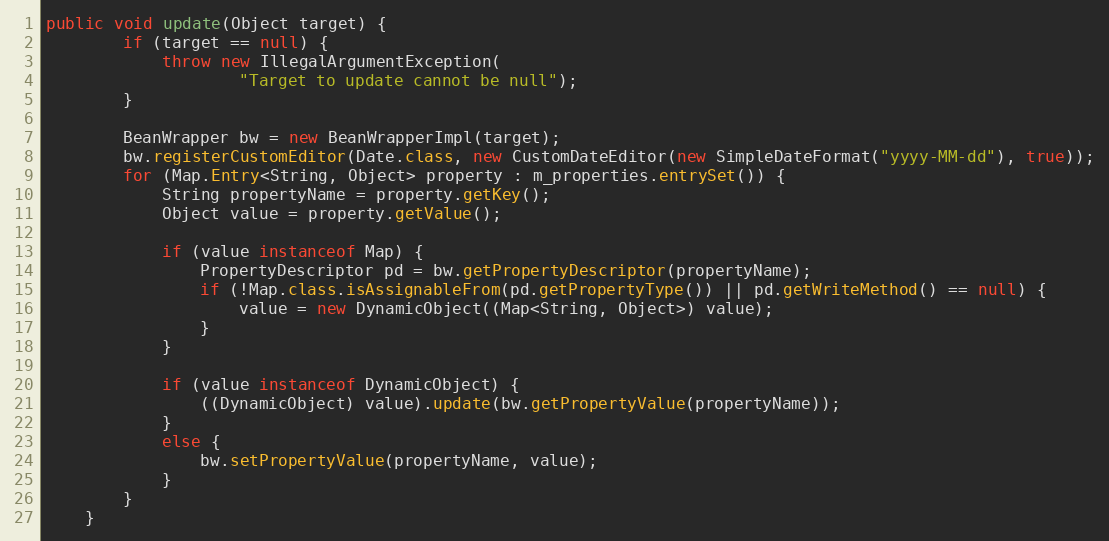
Language: Java
public void update(Object target) {
        if (target == null) {
            throw new IllegalArgumentException(
                    "Target to update cannot be null");
        }

        BeanWrapper bw = new BeanWrapperImpl(target);
        bw.registerCustomEditor(Date.class, new CustomDateEditor(new SimpleDateFormat("yyyy-MM-dd"), true));
        for (Map.Entry<String, Object> property : m_properties.entrySet()) {
            String propertyName = property.getKey();
            Object value = property.getValue();

            if (value instanceof Map) {
                PropertyDescriptor pd = bw.getPropertyDescriptor(propertyName);
                if (!Map.class.isAssignableFrom(pd.getPropertyType()) || pd.getWriteMethod() == null) {
                    value = new DynamicObject((Map<String, Object>) value);
                }
            }

            if (value instanceof DynamicObject) {
                ((DynamicObject) value).update(bw.getPropertyValue(propertyName));
            }
            else {
                bw.setPropertyValue(propertyName, value);
            }
        }
    }